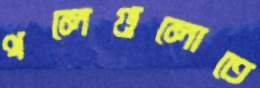
থলেগুলোতে